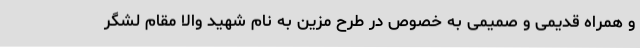
و همراه قدیمی و صمیمی به خصوص در طرح مزین به نام شهید والا مقام لشگر